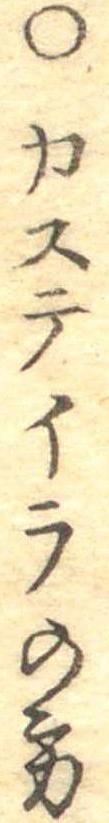
○カステイラの方